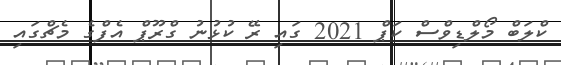
ކްލަބް މޯލްޑިވްސް ކަޕް 2021 ގައި ރޭ ކުޅުނު ގްރޫޕް އެފްގެ މެޗްގައި